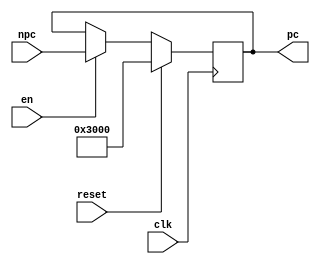
`timescale 1ns / 1ps
//////////////////////////////////////////////////////////////////////////////////
// Company: 
// Engineer: 
// 
// Design Name: 
// Module Name:    PC
// Project Name: 
// Target Devices: 
// Tool versions: 
// Description: 
//
// Dependencies: 
//
// Revision: 
// Revision 0.01 - File Created
// Additional Comments: 
//
//////////////////////////////////////////////////////////////////////////////////
module PC(
	input [31:0] npc,
	output reg [31:0]pc,
	input en,
	input clk,
	input reset
    );
	 
	 initial begin
		pc <= 32'h00003000;
	 end
	 
	 always@(posedge clk)
	 begin
		if(reset)
			pc <= 32'h00003000;
		else 
		begin
			if(en)
				pc <= npc;
			else 
				pc <= pc;
		end
	 
	 end
endmodule